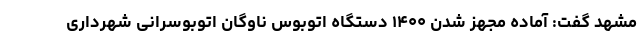
مشهد گفت: آماده مجهز شدن ۱۴۰۰ دستگاه اتوبوس ناوگان اتوبوسرانی شهرداری